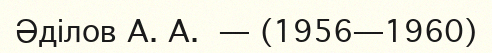
Әділов А. А. — (1956—1960)